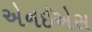
એનઈએસ